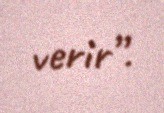
verir”.